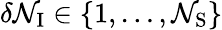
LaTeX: \delta\mathcal{N}_{\mathrm{{I}}}\in\{ 1,\dots,\mathcal{N}_{\mathrm{{S}}}\}